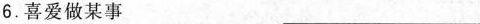
6.喜爱做某事____